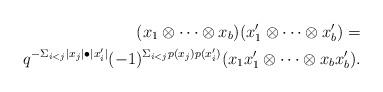
LaTeX: \begin{align*}(x_1 \otimes \cdots \otimes x_b)(x_1' \otimes \cdots \otimes x_b') =\\q^{-\Sigma_{i<j} |x_j| \bullet |x_i'|}(-1)^{\Sigma_{i<j} p(x_j)p(x_i')}(x_1 x_1' \otimes \cdots \otimes x_b x_b'). \end{align*}